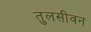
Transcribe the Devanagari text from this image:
तुलसीवन